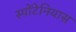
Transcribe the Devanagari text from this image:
स्पोंटेनियास